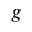
g